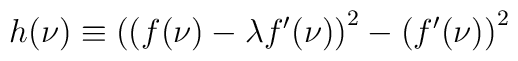
h(\nu) \equiv \left( (f(\nu) - \lambda f'(\nu)\right)^2 -\left(f' (\nu)\right)^2